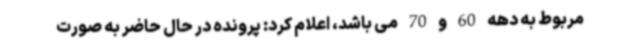
مربوط به دهه 60 و 70 می باشد، اعلام کرد: پرونده در حال حاضر به صورت